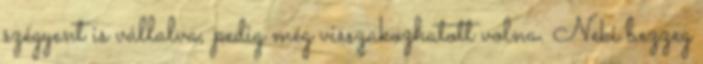
szégyent is vállalva, pedig még visszakozhatott volna. Neki bezzeg